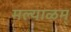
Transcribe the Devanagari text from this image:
मल्याळम्